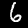
Digit: 6